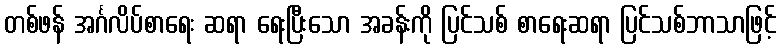
တစ်ဖန် အင်္ဂလိပ်စာရေး ဆရာ ရေးပြီးသော အခန်းကို ပြင်သစ် စာရေးဆရာ ပြင်သစ်ဘာသာဖြင့်